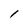
Character: 1